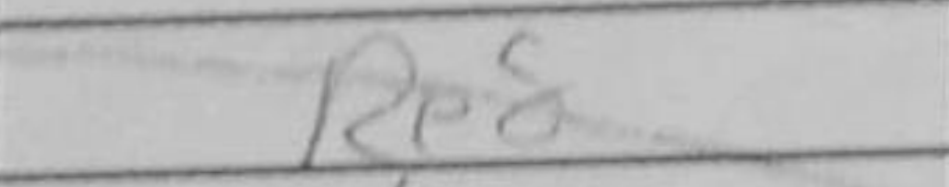
Transcription: Re8